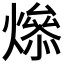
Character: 𤏟